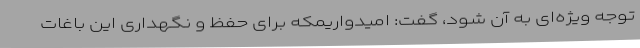
توجه ویژه‌ای به آن شود، گفت: امیدواریمکه برای حفظ و نگهداری این باغات